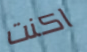
اكنت